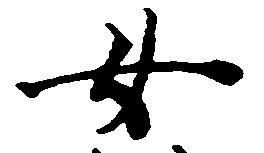
女